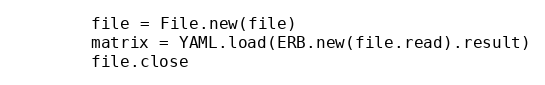
Language: Ruby
        file = File.new(file)
        matrix = YAML.load(ERB.new(file.read).result)
        file.close